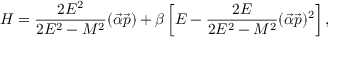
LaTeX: { \cal H } = \frac { 2 E ^ { 2 } } { 2 E ^ { 2 } - M ^ { 2 } } ( \vec { \alpha } \vec { p } ) + \beta \left[ E - \frac { 2 E } { 2 E ^ { 2 } - M ^ { 2 } } ( \vec { \alpha } \vec { p } ) ^ { 2 } \right] ,